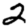
Digit: 2